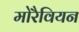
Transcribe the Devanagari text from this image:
मोरैवियन